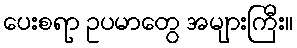
ပေးစရာ ဥပမာတွေ အများကြီး။